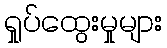
ရှုပ်ထွေးမှုများ